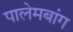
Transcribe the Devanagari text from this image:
पालेमबांग